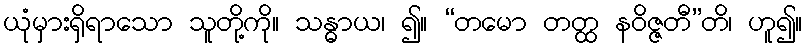
ယုံမှားရှိရာသော သူတို့ကို။ သန္ဓာယ၊ ၍။ “တမော တတ္ထ နဝိဇ္ဇတီ”တိ၊ ဟူ၍။